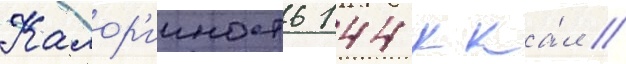
Калор'ииность 144 кка́л //